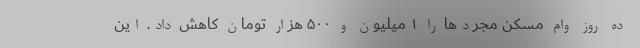
ده روز وام مسکن مجردها را ۱ میلیون و ۵۰۰ هزار تومان کاهش داد. این